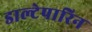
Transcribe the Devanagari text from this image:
डाल्टेपारिन